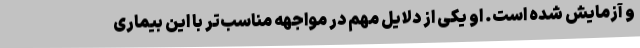
و آزمایش شده است. او یکی از دلایل مهم در مواجهه مناسب‌تر با این بیماری